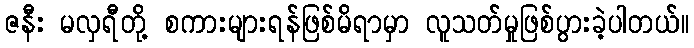
ဇနီး မလှရီတို့ စကားများရန်ဖြစ်မိရာမှာ လူသတ်မှုဖြစ်ပွားခဲ့ပါတယ်။